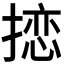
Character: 𪮠